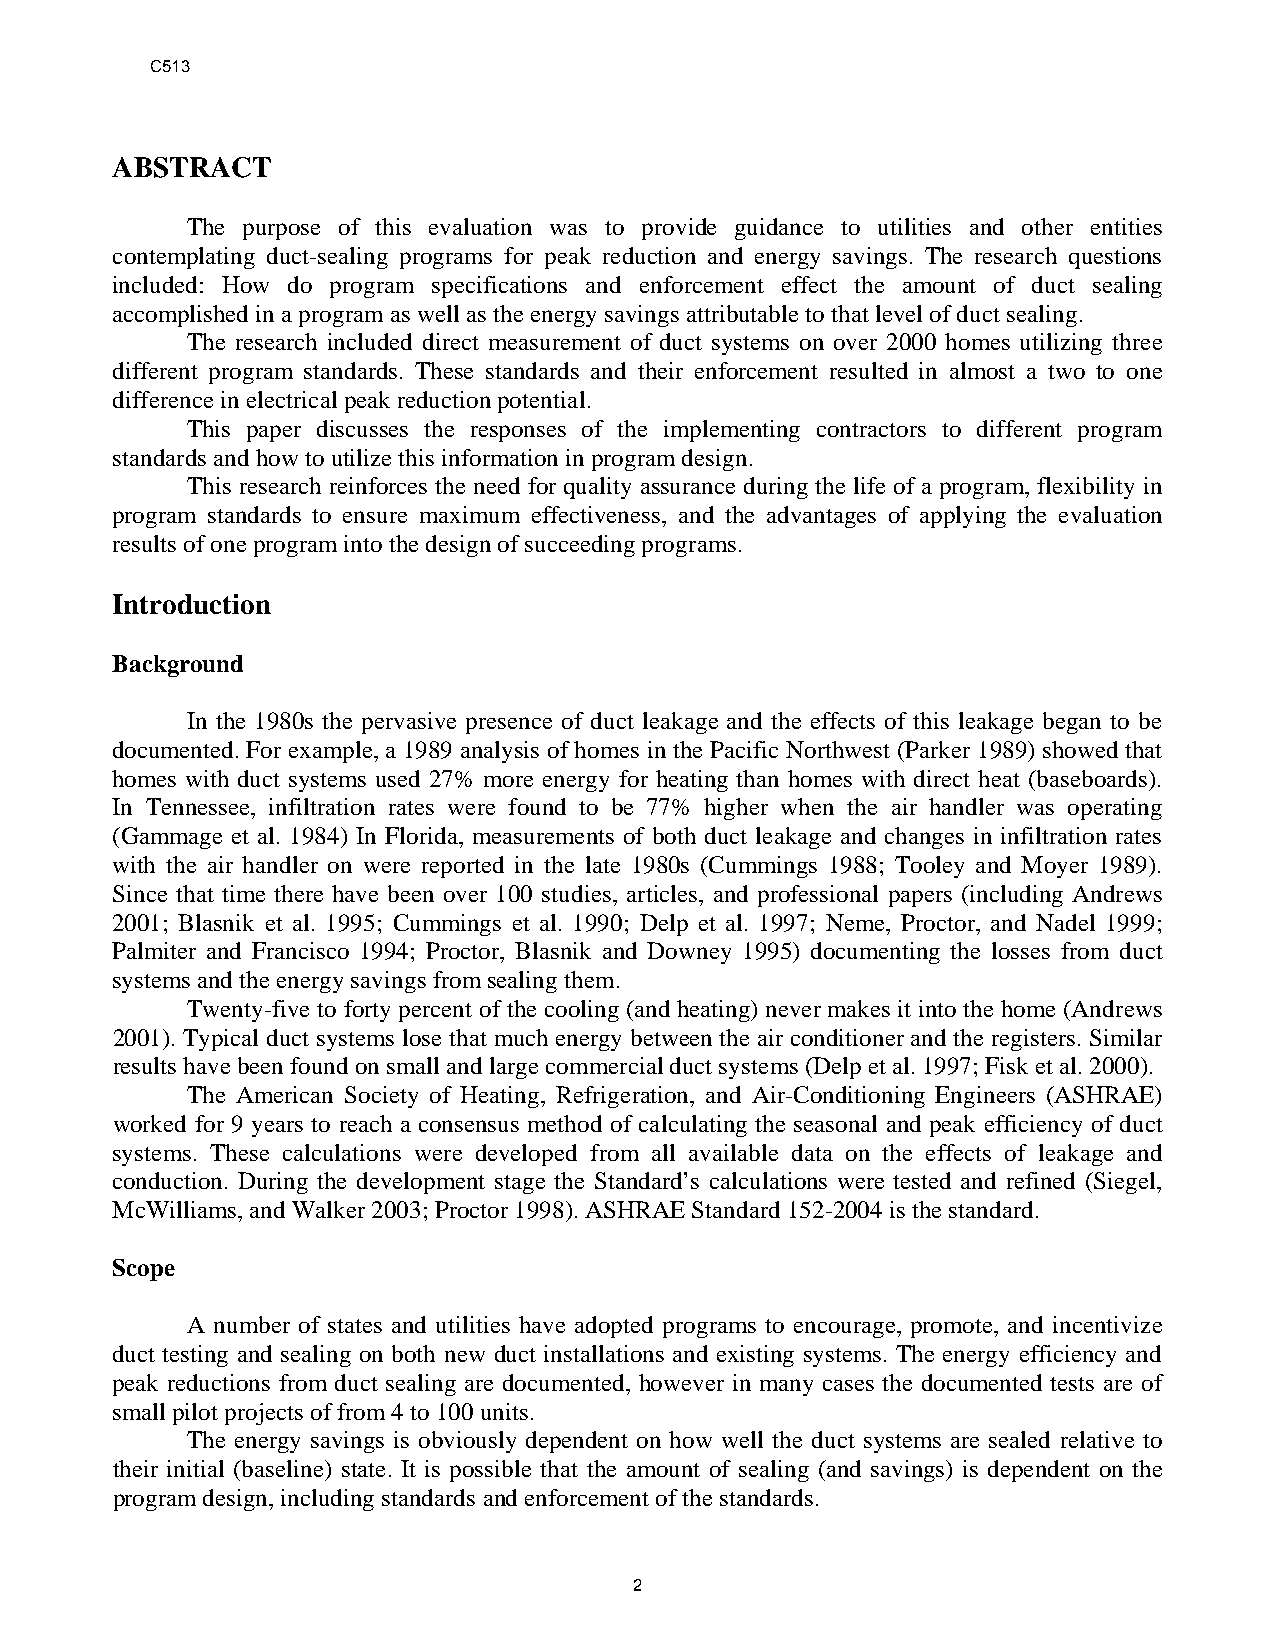
C513
 ABSTRACT
 The purpose of this evaluation was to provide guidance to utilities and other entities
 contemplating duct-sealing programs for peak reduction and energy savings. The research questions
 included: How do program specifications and enforcement effect the amount of duct sealing
 accomplished in a program as well as the energy savings attributable to that level of duct sealing.
 The research included direct measurement of duct systems on over 2000 homes utilizing three
 different program standards. These standards and their enforcement resulted in almost a two to one
 difference in electrical peak reduction potential.
 This paper discusses the responses of the implementing contractors to different program
 standards and how to utilize this information in program design.
 This research reinforces the need for quality assurance during the life of a program, flexibility in
 program standards to ensure maximum effectiveness, and the advantages of applying the evaluation
 results of one program into the design of succeeding programs.
 Introduction
 Background
 In the 1980s the pervasive presence of duct leakage and the effects of this leakage began to be
 documented. For example, a 1989 analysis of homes in the Pacific Northwest (Parker 1989) showed that
 homes with duct systems used 27% more energy for heating than homes with direct heat (baseboards).
 In Tennessee, infiltration rates were found to be 77% higher when the air handler was operating
 (Gammage et al. 1984) In Florida, measurements of both duct leakage and changes in infiltration rates
 with the air handler on were reported in the late 1980s (Cummings 1988; Tooley and Moyer 1989).
 Since that time there have been over 100 studies, articles, and professional papers (including Andrews
 2001; Blasnik et al. 1995; Cummings et al. 1990; Delp et al. 1997; Neme, Proctor, and Nadel 1999;
 Palmiter and Francisco 1994; Proctor, Blasnik and Downey 1995) documenting the losses from duct
 systems and the energy savings from sealing them.
 Twenty-five to forty percent of the cooling (and heating) never makes it into the home (Andrews
 2001). Typical duct systems lose that much energy between the air conditioner and the registers. Similar
 results have been found on small and large commercial duct systems (Delp et al. 1997; Fisk et al. 2000).
 The American Society of Heating, Refrigeration, and Air-Conditioning Engineers (ASHRAE)
 worked for 9 years to reach a consensus method of calculating the seasonal and peak efficiency of duct
 systems. These calculations were developed from all available data on the effects of leakage and
 conduction. During the development stage the Standard’s calculations were tested and refined (Siegel,
 McWilliams, and Walker 2003; Proctor 1998). ASHRAE Standard 152-2004 is the standard.
 Scope
 A number of states and utilities have adopted programs to encourage, promote, and incentivize
 duct testing and sealing on both new duct installations and existing systems. The energy efficiency and
 peak reductions from duct sealing are documented, however in many cases the documented tests are of
 small pilot projects of from 4 to 100 units.
 The energy savings is obviously dependent on how well the duct systems are sealed relative to
 their initial (baseline) state. It is possible that the amount of sealing (and savings) is dependent on the
 program design, including standards and enforcement of the standards.
 2